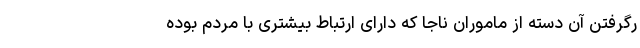
رگرفتن آن دسته از ماموران ناجا که دارای ارتباط بیشتری با مردم بوده